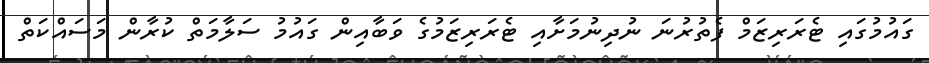
ގައުމުގައި ޓެރަރިޒަމް ފެތުރުނަ ނުދިނުމަށާއި ޓެރަރިޒަމުގެ ވަބާއިން ގައުމު ސަލާމަތް ކުރާން މަސައްކަތް